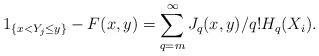
LaTeX: \begin{align*}1_{\{x < Y_j \leq y\}} - F(x,y) = \sum_{q=m}^{\infty} J_q(x,y)/q! H_q(X_i).\end{align*}